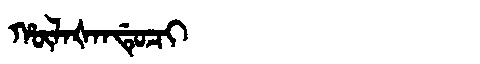
Manchu: ᡥᡡᠯᠠᡧᠠᠨᡩᡠᠴᡳ
Romanization: HŪLAŠANDUCI